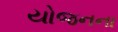
યોજનના